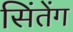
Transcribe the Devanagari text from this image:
सिंतेंग